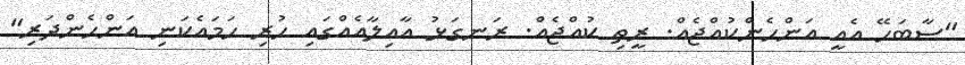
"ސާބަހޭ އެއީ އަންހެންކުއްޖެއް. ރީތި ކުއްޖެއް. ރަނގަޅު އާއިލާއެއްގައި ހުރި ހަމައެކަނި އަންހެންދަރި"